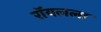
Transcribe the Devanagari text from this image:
रॉयलला